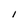
Character: 1